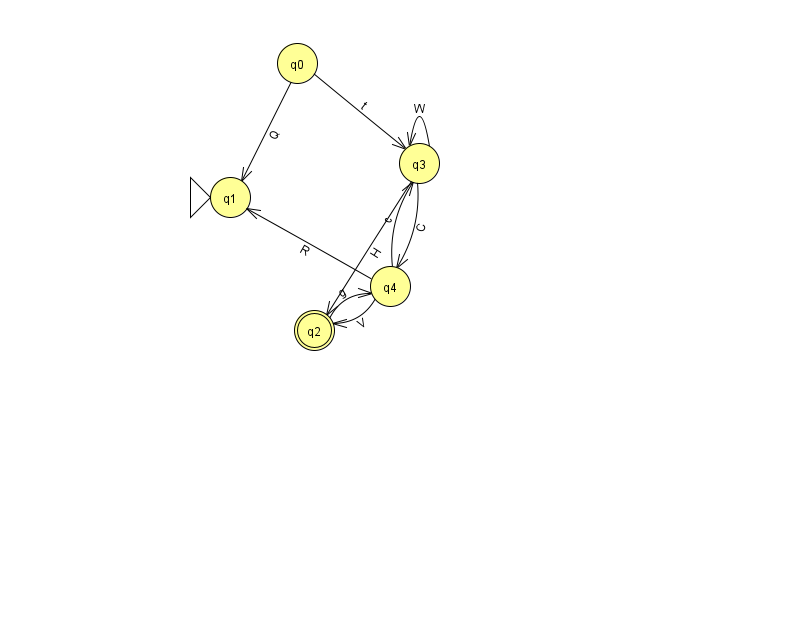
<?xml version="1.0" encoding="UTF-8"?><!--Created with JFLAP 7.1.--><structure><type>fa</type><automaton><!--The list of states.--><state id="0" name="q0"><x>297.0</x><y>50.0</y></state><state id="1" name="q1"><x>230.0</x><y>184.0</y><initial/></state><state id="2" name="q2"><x>314.0</x><y>317.0</y><final/></state><state id="3" name="q3"><x>419.0</x><y>150.0</y></state><state id="4" name="q4"><x>390.0</x><y>273.0</y></state><!--The list of transitions.--><transition><from>0</from><to>1</to><read>Q</read></transition><transition><from>0</from><to>3</to><read>t</read></transition><transition><from>3</from><to>2</to><read>H</read></transition><transition><from>4</from><to>1</to><read>R</read></transition><transition><from>3</from><to>3</to><read>W</read></transition><transition><from>3</from><to>4</to><read>C</read></transition><transition><from>4</from><to>3</to><read>c</read></transition><transition><from>2</from><to>4</to><read>g</read></transition><transition><from>4</from><to>2</to><read>V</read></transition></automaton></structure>